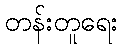
တန်းတူရေး